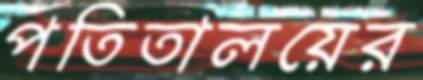
পতিতালয়ের